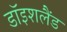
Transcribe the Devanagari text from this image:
डॉइशलैंड